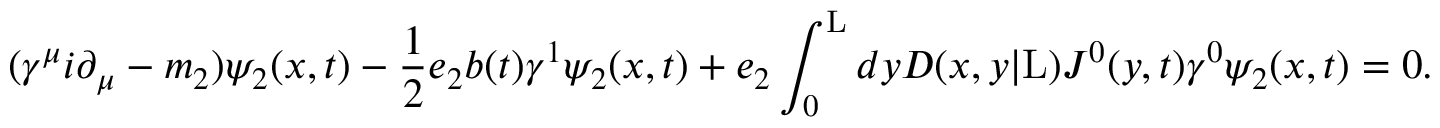
( { \gamma } ^ { \mu } i { \partial } _ { \mu } - m _ { 2 } ) { \psi } _ { 2 } ( x , t ) - \frac { 1 } { 2 } e _ { 2 } b ( t ) { \gamma } ^ { 1 } { \psi } _ { 2 } ( x , t ) + e _ { 2 } \int _ { 0 } ^ { \mathrm { L } } d y D ( x , y | \mathrm { L } ) J ^ { 0 } ( y , t ) { \gamma } ^ { 0 } { \psi } _ { 2 } ( x , t ) = 0 .